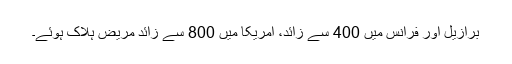
برازیل اور فرانس میں 400 سے زائد، امریکا میں 800 سے زائد مریض ہلاک ہوئے۔